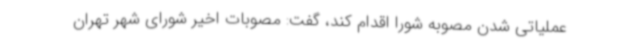
عملیاتی شدن مصوبه شورا اقدام کند، گفت: مصوبات اخیر شورای شهر تهران